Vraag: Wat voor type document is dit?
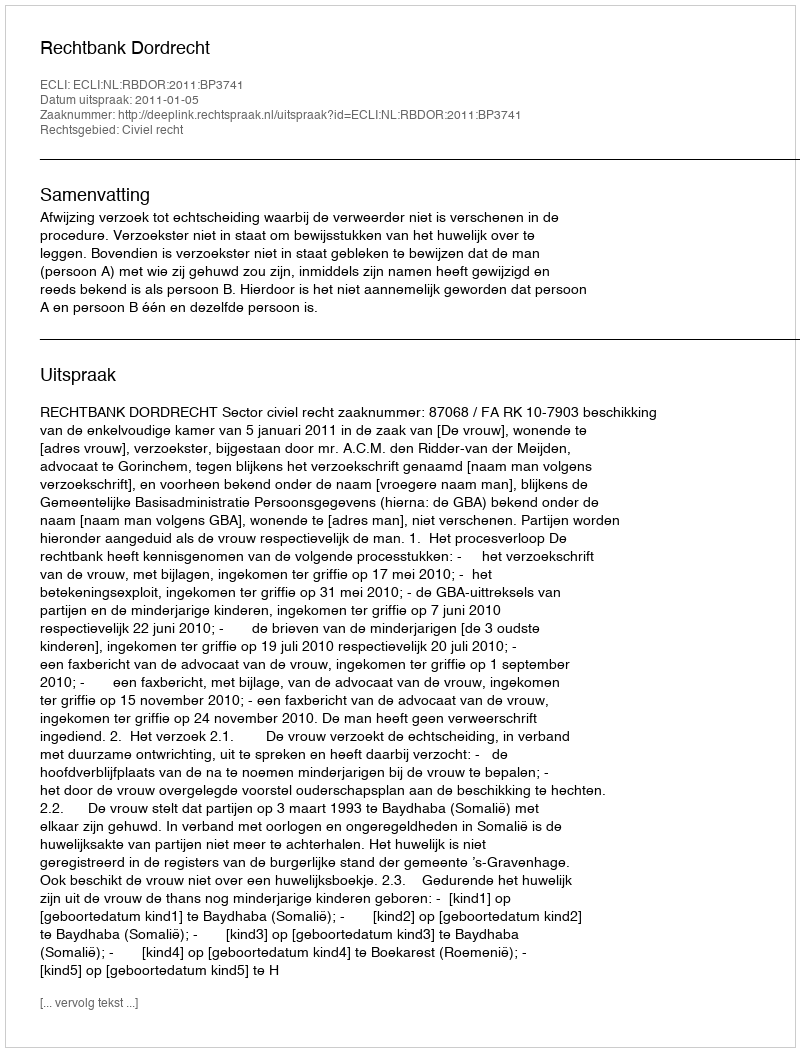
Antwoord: Uitspraak